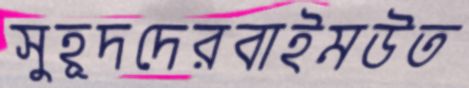
সুহূদদেরবাইমউত